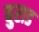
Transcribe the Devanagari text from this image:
बुराड